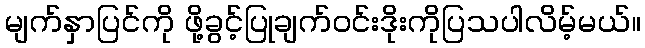
မျက်နှာပြင်ကို ဖို့ခွင့်ပြုချက်ဝင်းဒိုးကိုပြသပါလိမ့်မယ်။